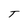
Character: T